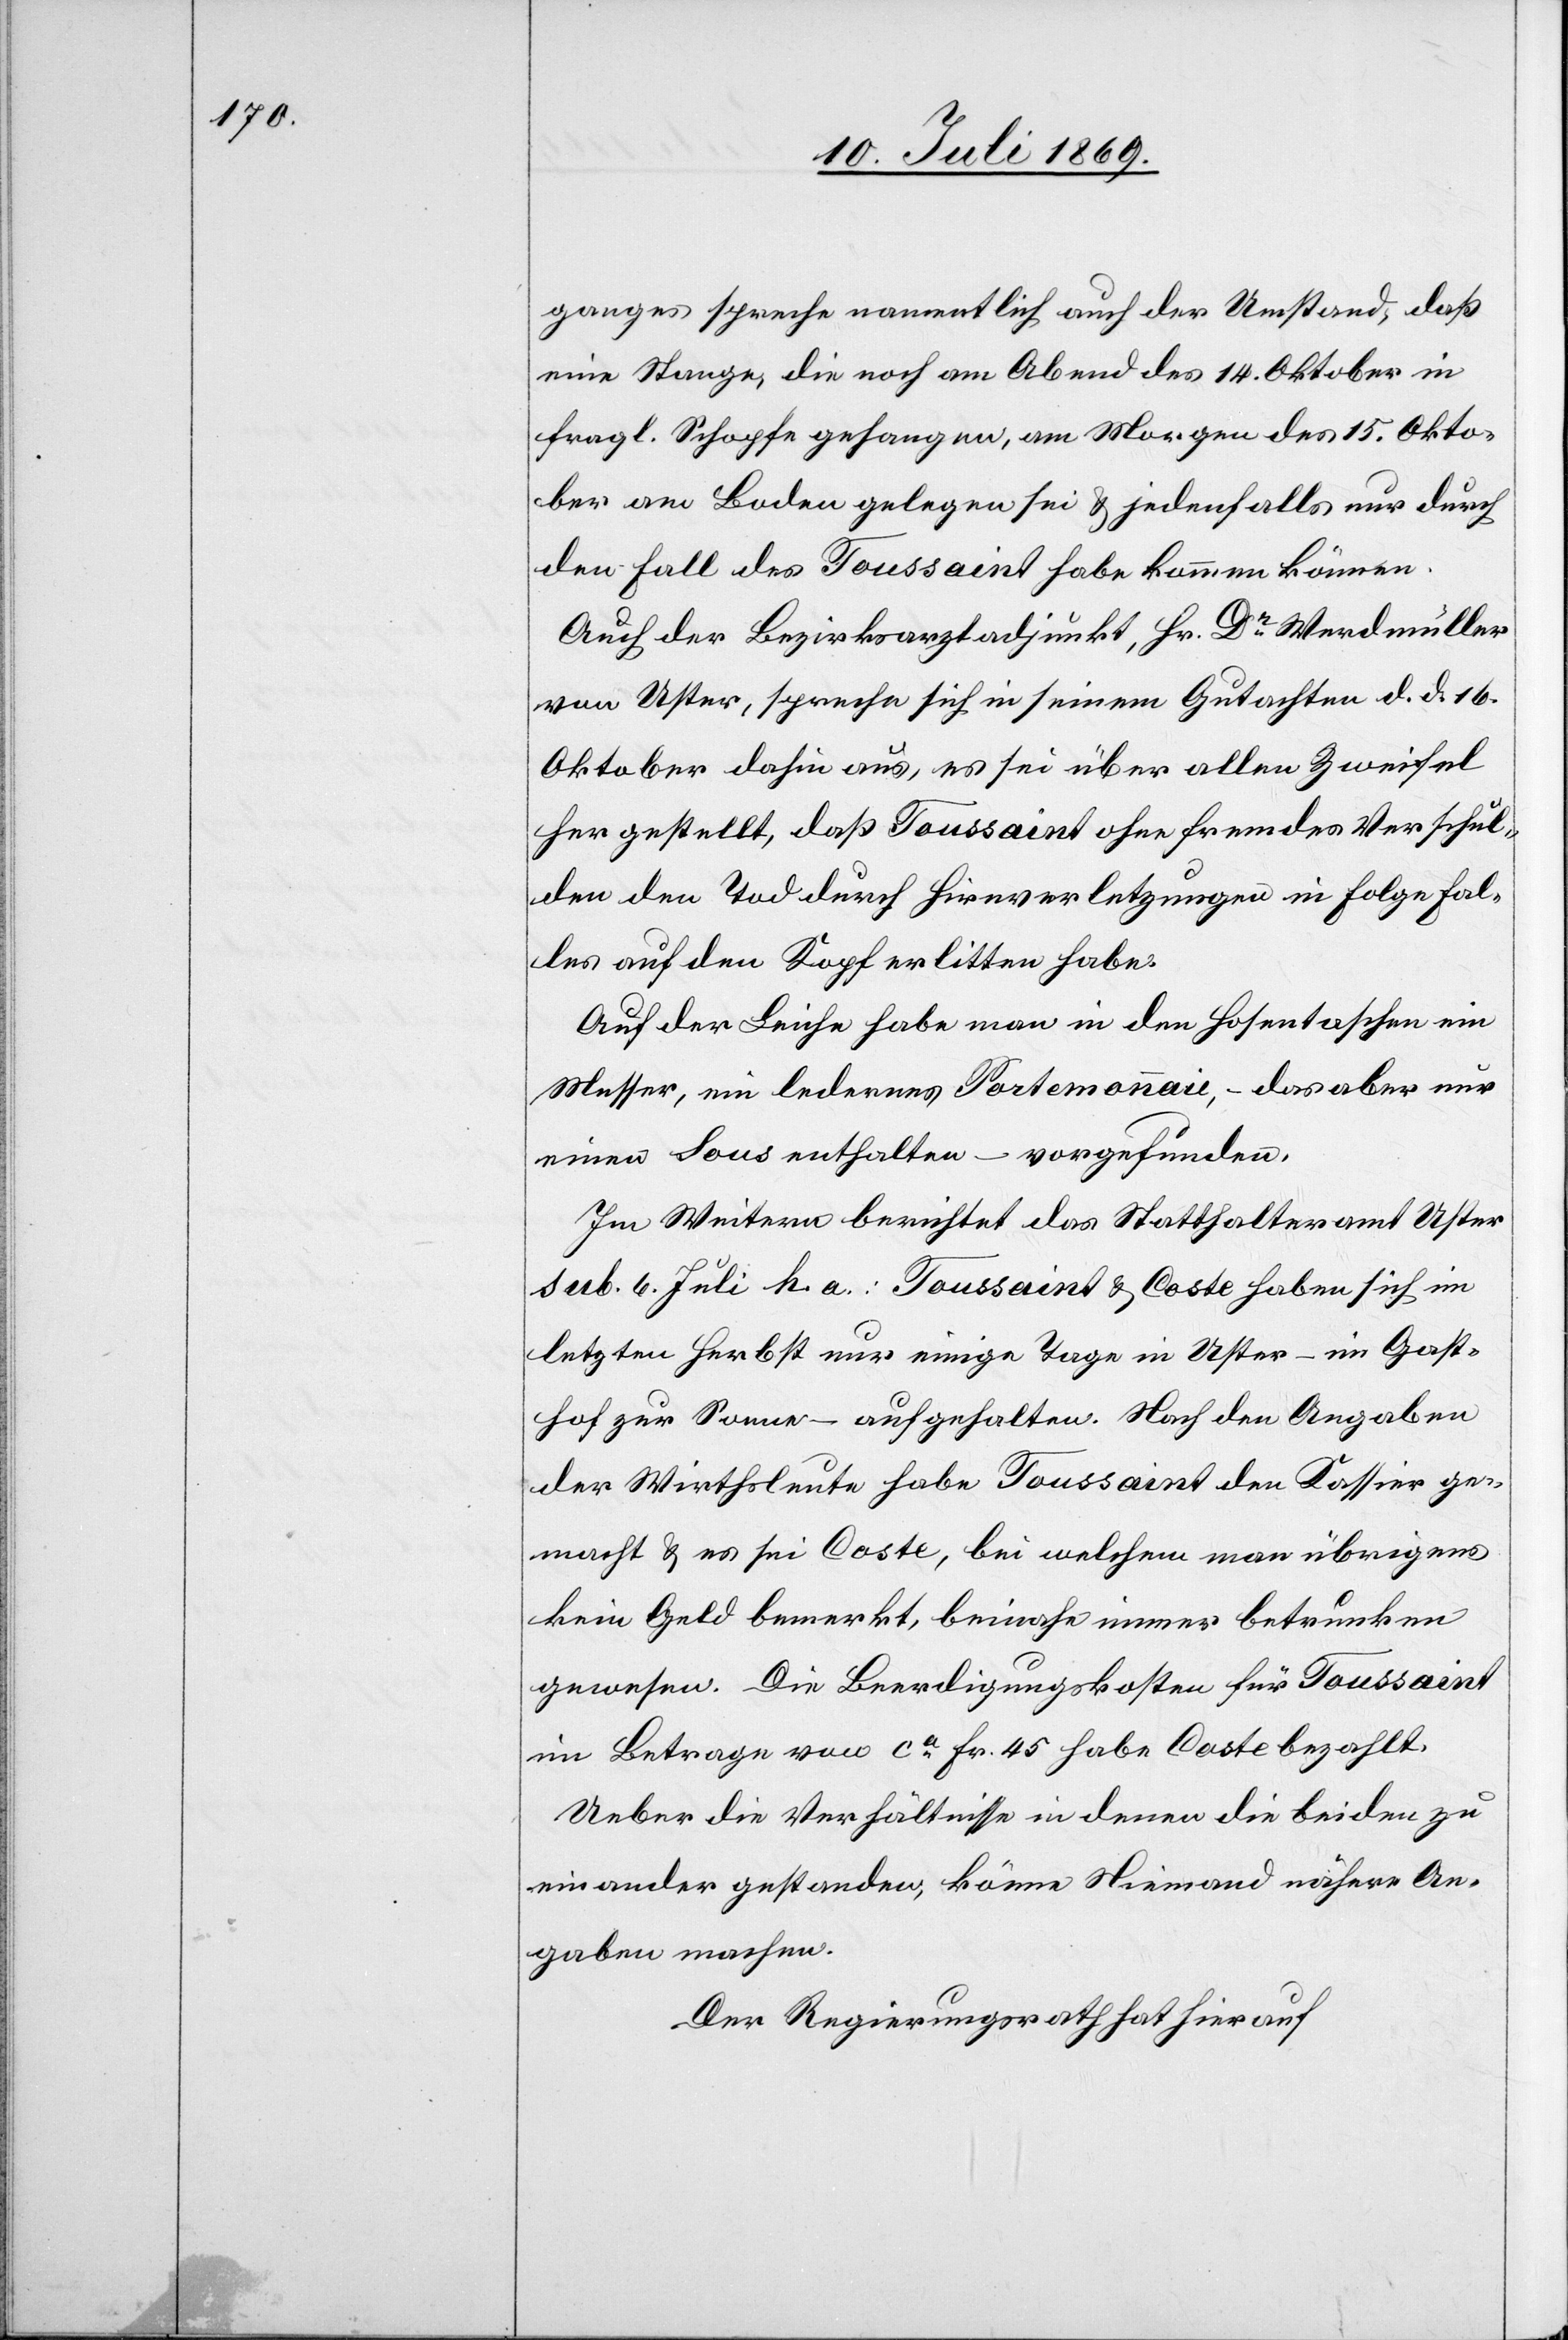
ganges spreche namentlich auch der Umstand, daß
eine Stange, die noch am Abend des 14 Oktober in
fragl. Schopfe gehangen, am Morgen des 15 Okto¬
ber am Boden gelegen sei u. jedenfalls nur durch
den Fall des Toussaint habe kommen können.
Auch der Bezirksarztadjunkt, Hr. Dr Werdmüller
von Uster, spreche sich in seinem Gutachten d. d. 16
Oktober dahin aus, es sei über allen Zweifel
hergestellt, daß Toussaint ohne fremdes Verschul¬
den den Tod durch Hirnverletzungen in Folge Fal¬
les auf den Kopf erlitten habe.
Auf der Leiche habe man in den Hosentaschen ein
Messer, ein ledernes Portemonnaie, - das aber
einen Sous enthalten – vorgefunden.
Im Weitern berichtet das Statthalteramt Uster
sub. 4 Juli h. a.: Toussaint u. Coste haben sich im
letzten Herbst nur einige Tage in Uster – im Gast¬
hof zur Sonne – aufgehalten. Nach den Angaben
der Wirthsleute habe Toussaint den Kassier ge¬
macht u. es sei Coste, bei welchem man übrigens
kein Geld bemerkt, beinahe immer betrunken
gewesen. Die Beerdigungskosten für Toussaint
im Betrage von ca Fr. 45 habe Coste bezahlt.
Ueber die Verhältnisse in denen die beiden zu
einander gestanden, könne Niemand nähere An¬
gaben machen.
Der Regierungsrath hat hierauf